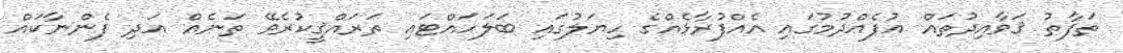
ތަފާތު ޤަވާއިދުތައް އުފެއްދުމުގައި އެއްފުރާޅެއްގެ ހިޔަލުގައި ބަލަހައްޓައި ތަރައްޤީކުރެވޭ ތަނެއް އަދި ފެންނާކައް